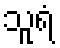
သူရံ